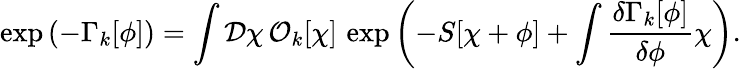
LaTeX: \exp{\left(-\Gamma_{k}[\phi]\right)}=\int{\mathcal D}\chi\, {\mathcal O}_{k}[\chi]\, \exp{\left(-S[\chi+\phi]+\int\frac{\delta\Gamma_{k}[\phi]}{\delta\phi}\chi\right)}.